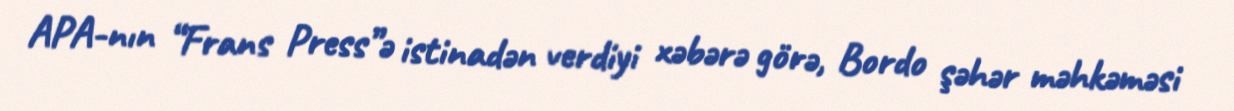
APA-nın “Frans Press”ə istinadən verdiyi xəbərə görə, Bordo şəhər məhkəməsi